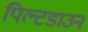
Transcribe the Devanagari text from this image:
पिल्टडाउन